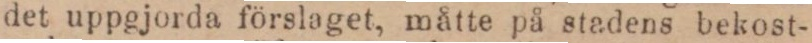
det uppgjorda förslaget, måtte på stadens bekost-